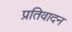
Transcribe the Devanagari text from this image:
प्रतिवादन